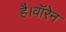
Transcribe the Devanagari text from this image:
है।वॉरेन